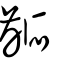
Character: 齭